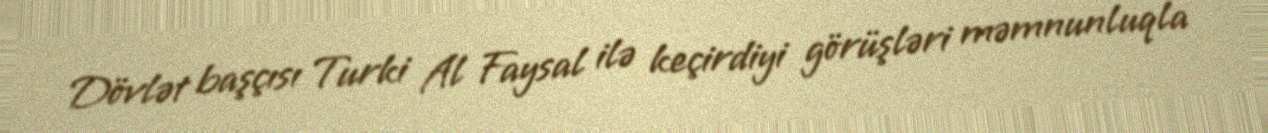
Dövlət başçısı Turki Al Faysal ilə keçirdiyi görüşləri məmnunluqla